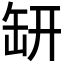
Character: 𦈨